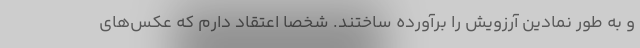
و به طور نمادین آرزویش را برآورده ساختند. شخصا اعتقاد دارم که عکس‌های